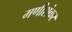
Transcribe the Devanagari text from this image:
मणीशंकर